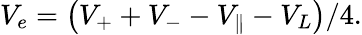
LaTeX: V_{e}=\left(V_{+}+V_{-}-V_{\| }-V_{L}\right)/4.